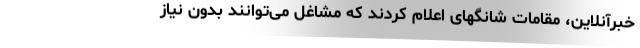
خبرآنلاین، مقامات شانگهای اعلام کردند که مشاغل می‌توانند بدون نیاز